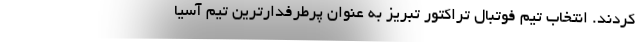
کردند. انتخاب تیم فوتبال تراکتور تبریز به عنوان پرطرفدارترین تیم آسیا